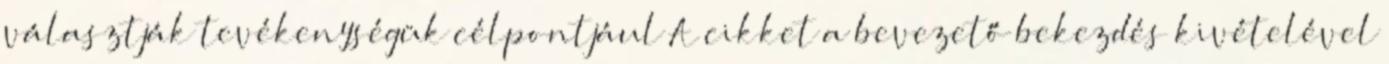
választják tevékenységük célpontjául A cikket a bevezető bekezdés kivételével